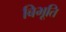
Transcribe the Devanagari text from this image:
बिभूति